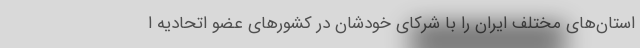
استان‌های مختلف ایران را با شرکای خودشان در کشورهای عضو اتحادیه ا